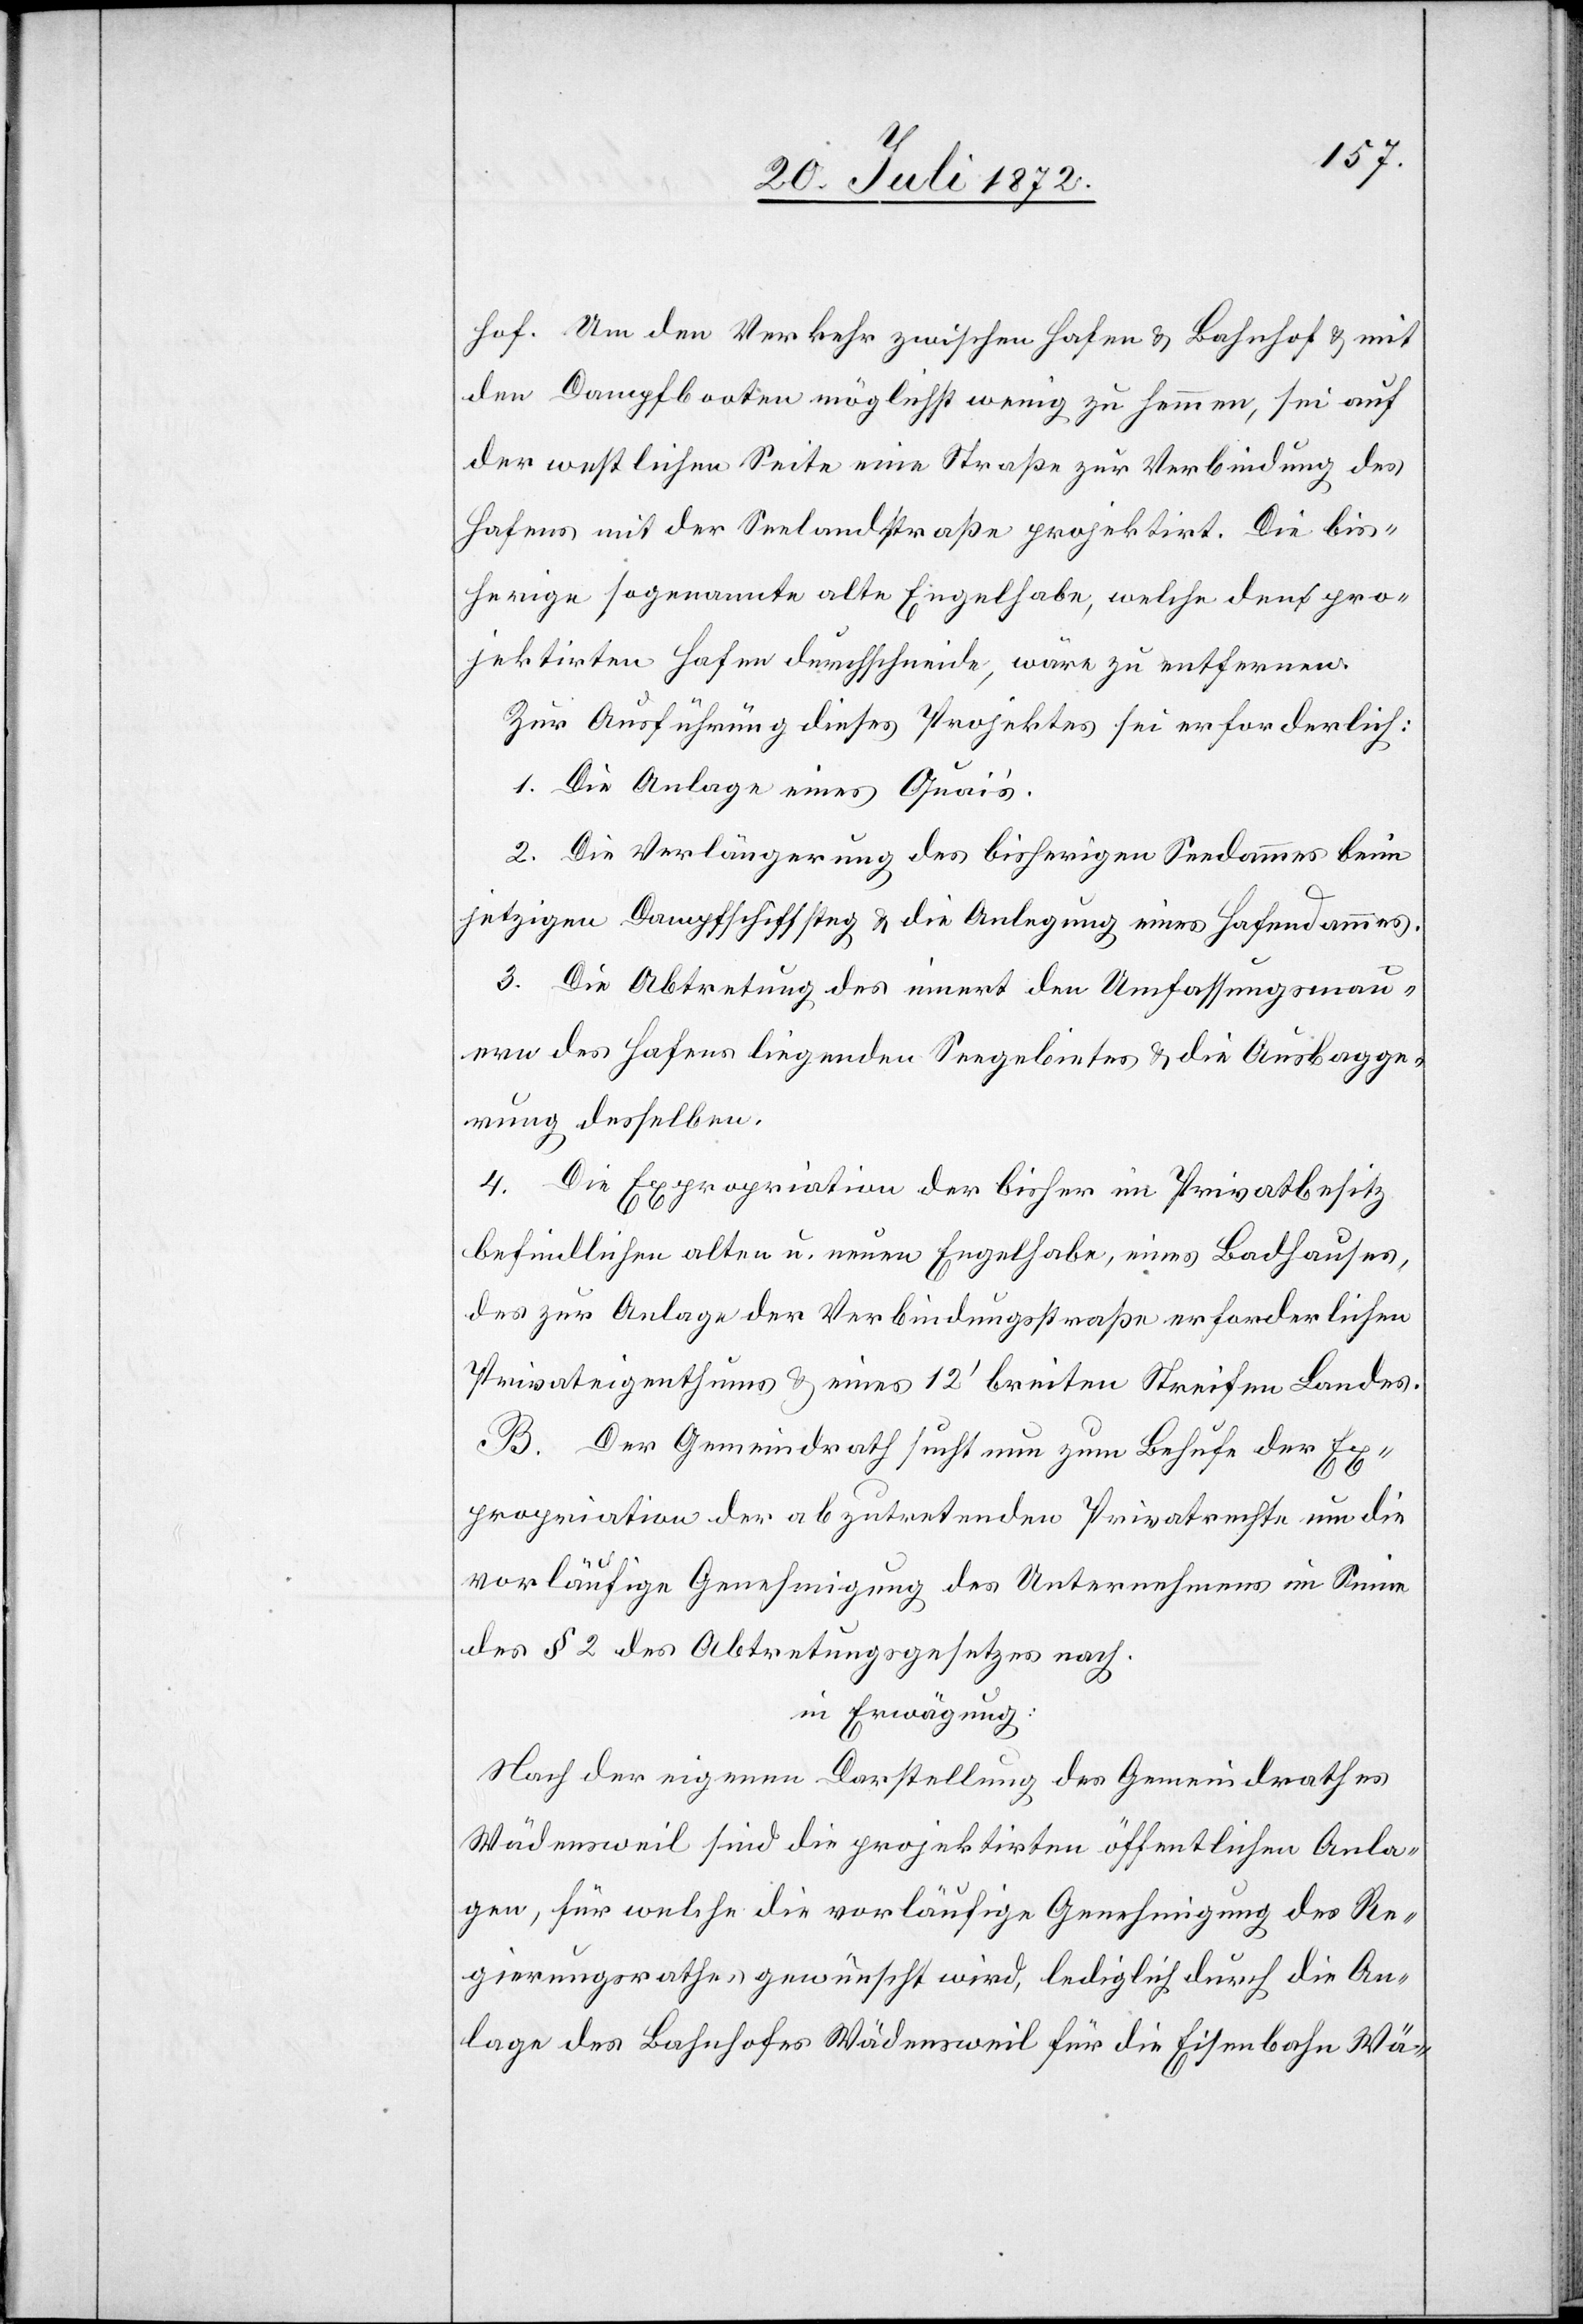
hof. Um den Verkehr zwischen Hafen u. Bahnhof u. mit
den Dampfbooten möglichst wenig zu hemmen, sei auf
der westlichen Seite eine Straße zur Verbindung des
Hafens mit der Seelandstraße projektirt. Die bis¬
herige sogenannte alte Engelhabe, welche den pro¬
jektirten Hafen durchschneide, wäre zu entfernen.
Zur Ausführung dieses Projektes sei erforderlich:
1. Die Anlage eines Quais.
2. Die Verlängerung des bisherigen Seedammes beim
jetzigen Dampfschiffsteg u. die Anlegung eines Hafendammes.
3. Die Abtretung des innert den Umfassungsmau¬
ern des Hafens liegenden Seegebietes u. die Ausbagge¬
rung desselben.
4. Die Expropriation der bisher im Privatbesitz
befindlichen alten u. neuen Engelhabe, eines Badhauses,
des zur Anlage der Verbindungsstraße erforderlichen
Privateigenthums u. eines 12’ breiten Streifen Landes.
B. Der Gemeindrath sucht nun zum Behufe der Ex¬
propriation der abzutretenden Privatrechte um die
vorläufige Genehmigung des Unternehmens im Sinne
des § 2 des Abtretungsgesetzes nach.
in Erwägung:
Nach der eigenen Darstellung des Gemeindrathes
Wädensweil sind die projektirten öffentlichen Anla¬
gen, für welche die vorläufige Genehmigung des Re¬
gierungsrathes gewünscht wird, lediglich durch die An¬
lage des Bahnhofes Wädensweil für die Eisenbahn Wä-